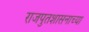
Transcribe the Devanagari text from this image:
राजपुतशासनाच्या